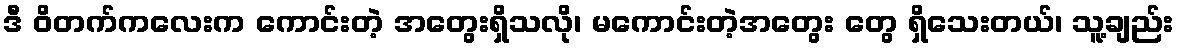
ဒီ ဝိတက်ကလေးက ကောင်းတဲ့ အတွေးရှိသလို၊ မကောင်းတဲ့အတွေး တွေ ရှိသေးတယ်၊ သူ့ချည်း